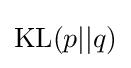
\mathrm {KL} (p||q)